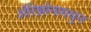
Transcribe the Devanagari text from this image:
अॅरिझोनामधुन